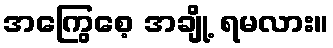
အကြွေစေ့ အချို့ ရမလား။